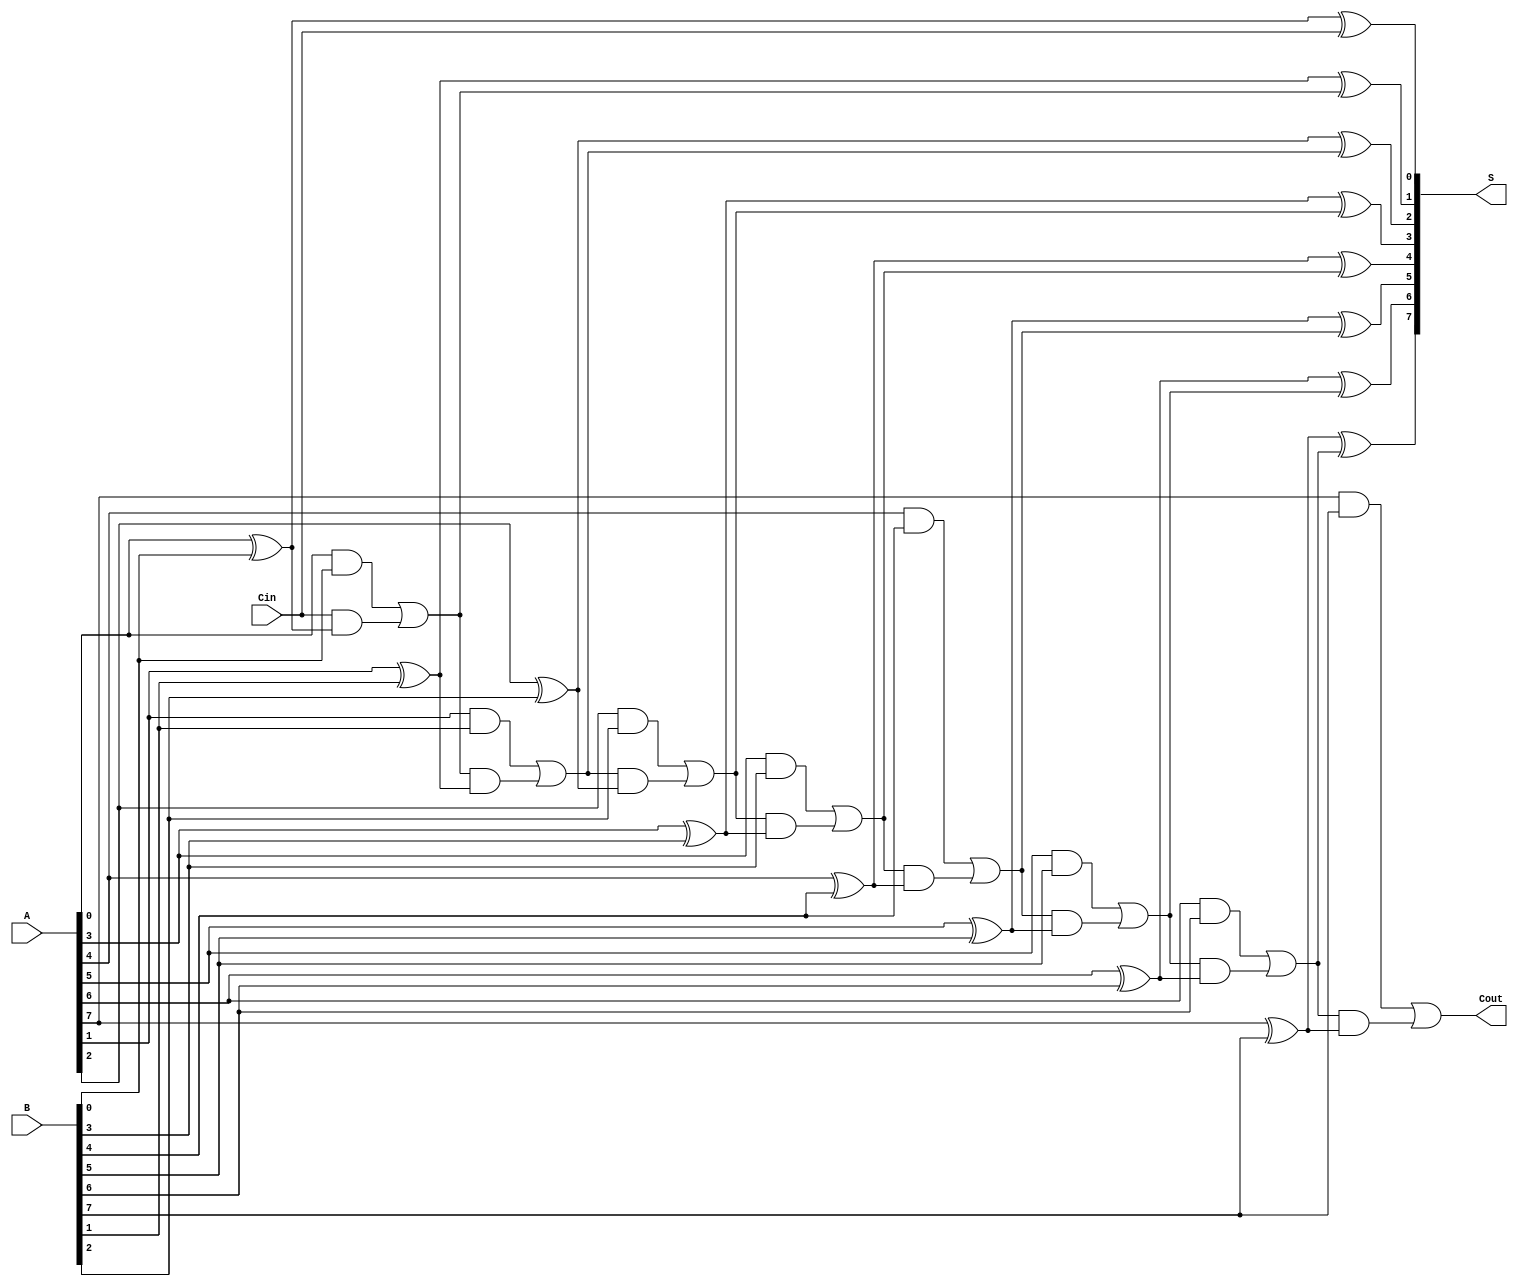
module ling_adder #(parameter N = 8) (
    input  [N-1:0] A,        // First n-bit binary number
    input  [N-1:0] B,        // Second n-bit binary number
    input          Cin,       // Carry-in bit
    output [N-1:0] S,        // n-bit sum output
    output         Cout       // Carry-out bit
);
    wire [N:0] C;            // Carry bits, C[N] is Cout

    // Generate carry bits
    assign C[0] = Cin;       // Initial carry-in

    genvar i;
    generate
        for (i = 0; i < N; i = i + 1) begin : carry_gen
            assign C[i+1] = (A[i] & B[i]) | (C[i] & (A[i] ^ B[i]));
        end
    endgenerate

    // Generate sum bits
    generate
        for (i = 0; i < N; i = i + 1) begin : sum_gen
            assign S[i] = A[i] ^ B[i] ^ C[i];
        end
    endgenerate

    assign Cout = C[N];      // Final carry-out

endmodule